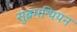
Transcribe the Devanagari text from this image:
सुब्रमन्यियन